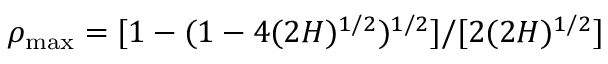
\rho _ { \mathrm { m a x } } = [ 1 - ( 1 - 4 ( 2 H ) ^ { 1 / 2 } ) ^ { 1 / 2 } ] / [ 2 ( 2 H ) ^ { 1 / 2 } ]